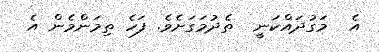
އެ  މަގުދައްކަނީ  ތެދުމަގަށެވެ. ފަހެ ތިމަންމެން އެ